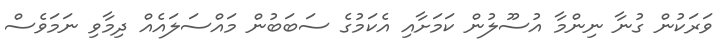
ވަރަކުން ގުނާ ނިންމާ އުސޫލުން ކަމަށާއި އެކަމުގެ ސަބަބުން މައްސަލައެއް ދިމާވި ނަމަވެސް